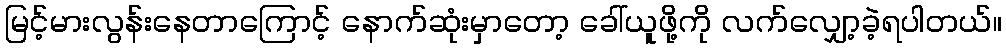
မြင့်မားလွန်းနေတာကြောင့် နောက်ဆုံးမှာတော့ ခေါ်ယူဖို့ကို လက်လျှော့ခဲ့ရပါတယ်။